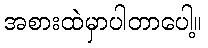
အစားထဲမှာပါတာပေါ့။